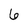
Character: 6